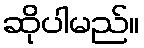
ဆိုပါမည်။